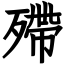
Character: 殢